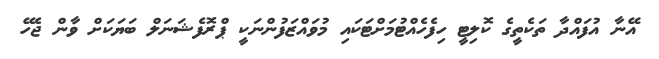
އޭނާ އުފައްދާ ތަކެތީގެ ކޮލިޓީ ހިފެހެއްޓުމަށްޓަކައި މުވައްޒަފުންނަކީ ޕްރޮފެޝަނަލް ބަޔަކަށް ވާން ޖެހޭ